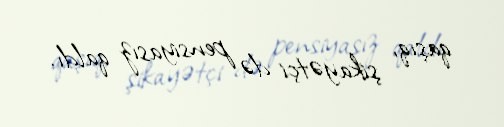
qaşıq, şikayətçi də pensiyasız qaldı.